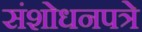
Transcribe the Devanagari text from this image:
संशोधनपत्रे